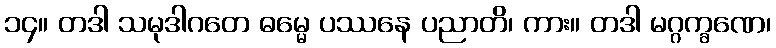
၁၄။ တဒါ သမုဒါဂတေ ဓမ္မေ ပဿနေ ပညာတိ၊ ကား။ တဒါ မဂ္ဂက္ခဏေ၊